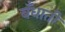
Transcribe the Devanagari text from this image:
बँधाती